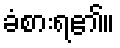
ခံစားရ၏။